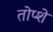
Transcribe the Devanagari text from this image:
तोप्शे